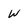
Character: W